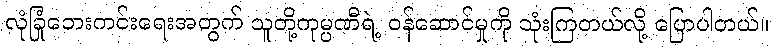
လုံခြုံဘေးကင်းရေးအတွက် သူတို့ကုမ္ပဏီရဲ့ ဝန်ဆောင်မှုကို သုံးကြတယ်လို့ ပြောပါတယ်။